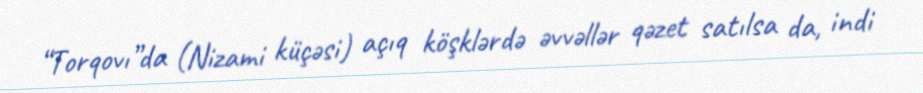
“Torqovı”da (Nizami küçəsi) açıq köşklərdə əvvəllər qəzet satılsa da, indi